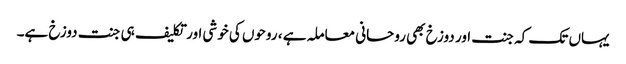
یہاں تک کہ جنت اور دوزخ بھی روحانی معاملہ ہے ، روحوں کی خوشی اور تکلیف ہی جنت دوزخ ہے۔